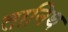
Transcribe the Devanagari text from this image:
तानिथ